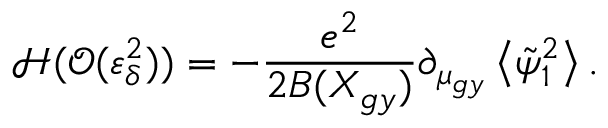
\mathcal { H } ( \mathcal { O } ( \varepsilon _ { \delta } ^ { 2 } ) ) = - \frac { e ^ { 2 } } { 2 B ( X _ { g y } ) } \partial _ { \mu _ { g y } } \left\langle \tilde { \psi } _ { 1 } ^ { 2 } \right\rangle .